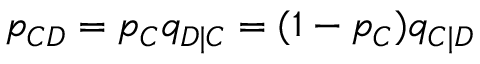
p _ { C D } = p _ { C } q _ { D | C } = ( 1 - p _ { C } ) q _ { C | D }